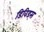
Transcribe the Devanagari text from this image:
डिविड्स